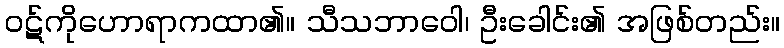
ဝဋ်ကိုဟောရာကထာ၏။ သီသဘာဝေါ၊ ဦးခေါင်း၏ အဖြစ်တည်း။